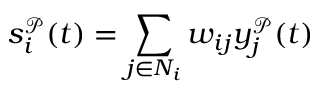
s _ { i } ^ { \mathcal { P } } ( t ) = \sum _ { j \in N _ { i } } w _ { i j } y _ { j } ^ { \mathcal { P } } ( t )